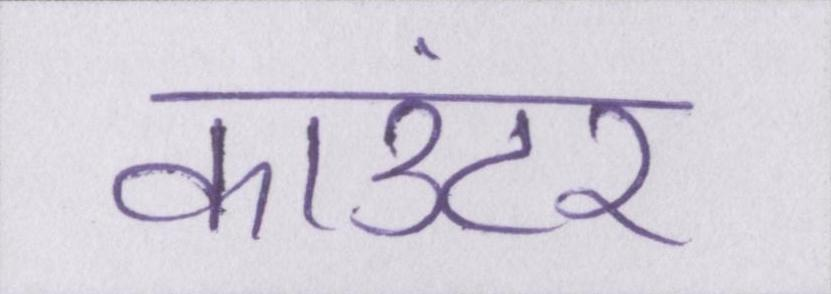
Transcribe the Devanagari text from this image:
काउंटर